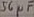
Text: 56µF